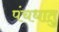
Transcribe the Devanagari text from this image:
पंचधातु